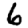
Digit: 6